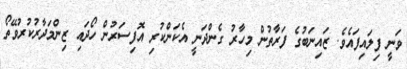
ވަނީ ފިލައިފައެވެ. ޒައިނަބުގެ ފަރާތުން މިހާރު ގެންދަނީ އެކަންކުރި އޮފިސަރުން ހޯދައި ޒިންމަދާރުކުރުވޭތޯ